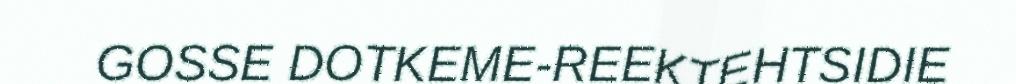
GOSSE DOTKEME-REEKTEHTSIDIE